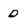
Character: D